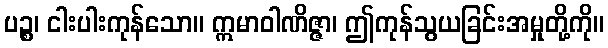
ပဉ္စ၊ ငါးပါးကုန်သော။ ဣမာဝါဏိဇ္ဇာ၊ ဤကုန်သွယခြင်းအမှုတို့ကို။